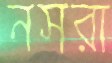
নসরা